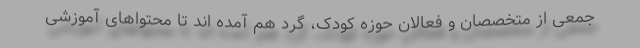
جمعی از متخصصان و فعالان حوزه کودک، گرد هم آمده اند تا محتواهای آموزشی